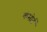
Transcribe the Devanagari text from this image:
कंसोर्ट